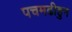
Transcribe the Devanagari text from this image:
पचमढीहुन